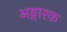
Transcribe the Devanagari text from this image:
अङ्गारक